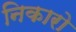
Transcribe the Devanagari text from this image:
निकारो